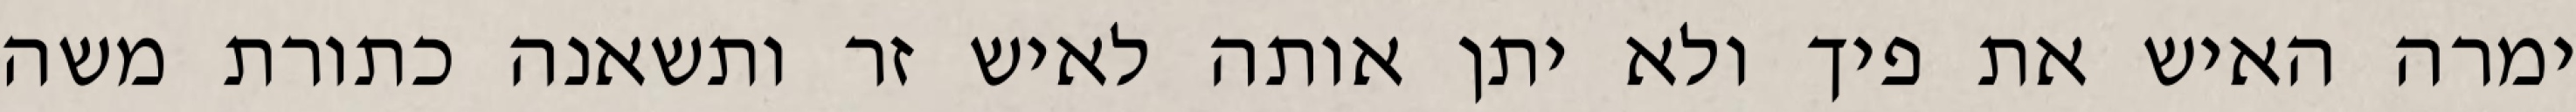
ימרה האיש את פיך ולא יתן אותה לאיש זר ותשאנה כתורת משה